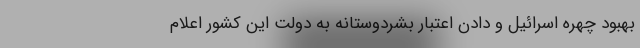
بهبود چهره اسرائیل و دادن اعتبار بشردوستانه به دولت این کشور اعلام